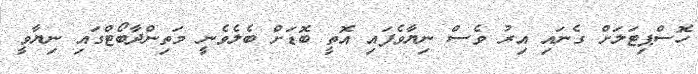
ހޮސްޕިޓަލަށް ގެނައި އިރު ވެސް ނިޔާވެފައި އޮތީ ބޮޑަށް ބެލެވެނީ މަތިންދާބޯޓްގައި ނިޔާވީ